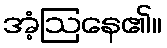
အံ့ဩနေ၏။